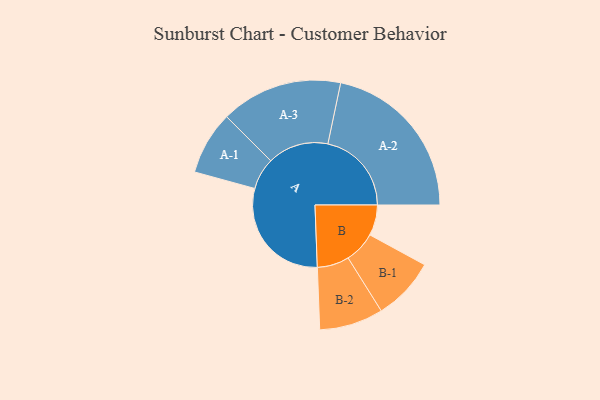
{"axis": {"x": "Segment", "y": "Value"}, "legend": ["", "A", "B"], "data": [{"x": "A", "y": 410, "type": ""}, {"x": "B", "y": 109, "type": ""}, {"x": "A-1", "y": 113, "type": "A"}, {"x": "A-2", "y": 298, "type": "A"}, {"x": "A-3", "y": 217, "type": "A"}, {"x": "B-1", "y": 112, "type": "B"}, {"x": "B-2", "y": 114, "type": "B"}]}